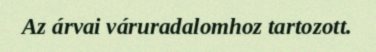
Az árvai váruradalomhoz tartozott.